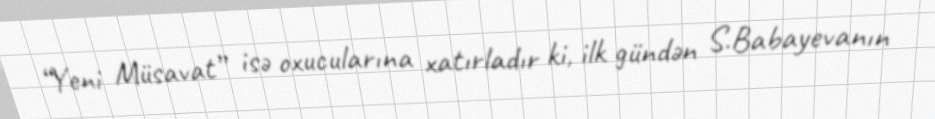
“Yeni Müsavat” isə oxucularına xatırladır ki, ilk gündən S.Babayevanın